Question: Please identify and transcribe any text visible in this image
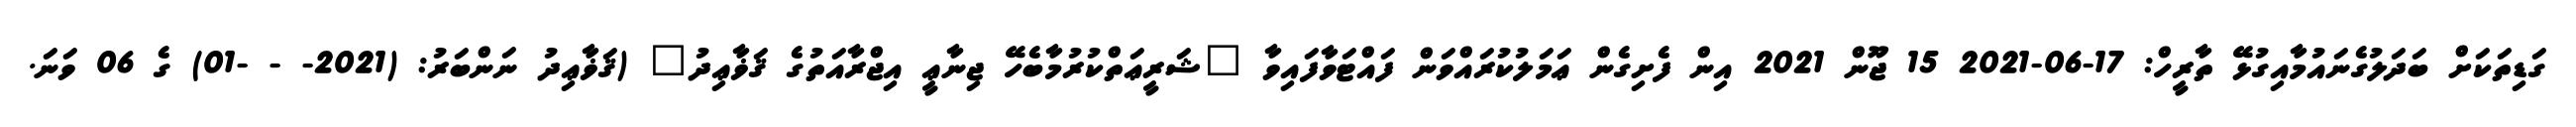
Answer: ގަޑިތަކަށް ބަދަލުގެނައުމާއިގުޅޭ ތާރީހް: 17-06-2021 15 ޖޫން 2021 އިން ފެށިގެން ޢަމަލުކުރައްވަން ފައްޓަވާފައިވާ "ޝަރީޢަތްކުރުމާބެހޭ ޖިނާޢީ އިޖްރާއަތުގެ ޤަޥާޢިދު" (ޤަޥާޢިދު ނަންބަރު: (2021- - -01) ގެ 06 ވަނަ.